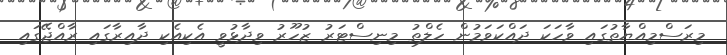
މިރަސްމިއްޔާތުގައި ވާހަކަ ދައްކަވަމުން ހެލްތު މިނިސްޓަރު ޒުހޫރު ވިދާޅުވީ އެކިއެކި ދާއިރާގައި ރާއްޖޭގައި